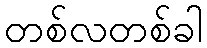
တစ်လတစ်ခါ